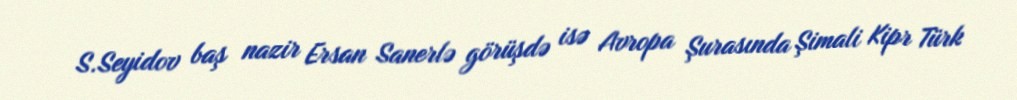
S.Seyidov baş nazir Ersan Sanerlə görüşdə isə Avropa Şurasında Şimali Kipr Türk